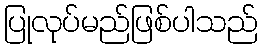
ပြုလုပ်မည်ဖြစ်ပါသည်